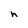
Character: h